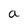
Character: a